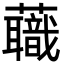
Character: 蘵